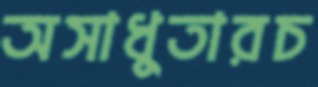
অসাধুতারচ